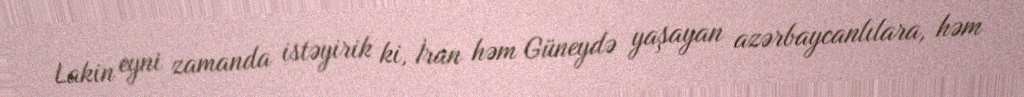
Lakin eyni zamanda istəyirik ki, İran həm Güneydə yaşayan azərbaycanlılara, həm